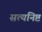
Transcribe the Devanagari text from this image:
सत्यनिष्ट